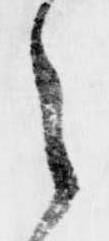
之